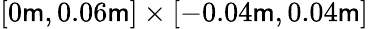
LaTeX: \left[0\mathsf{m},0.06\mathsf{m}\right]\times\left[-0.04\mathsf{m},0.04\mathsf{m}\right]